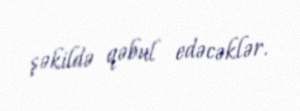
şəkildə qəbul edəcəklər.